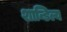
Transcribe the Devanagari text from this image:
शान्डिल्य